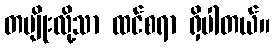
တမျိုးလို့သာ ထင်စရာ ရှိပါတယ်။